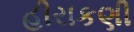
હીરાકણી